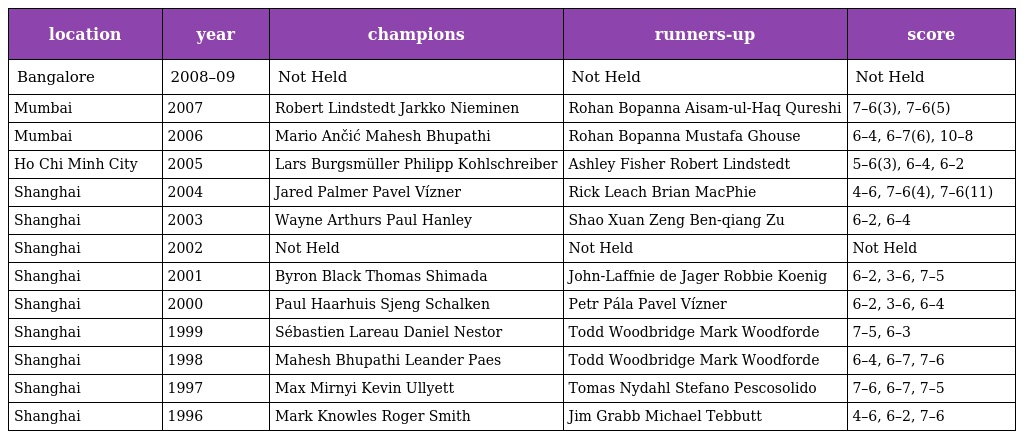
| location | year | champions | runners-up | score |
 | --- | --- | --- | --- | --- |
 | Bangalore | 2008–09 | Not Held | Not Held | Not Held |
 | Mumbai | 2007 | Robert Lindstedt Jarkko Nieminen | Rohan Bopanna Aisam-ul-Haq Qureshi | 7–6(3), 7–6(5) |
 | Mumbai | 2006 | Mario Ančić Mahesh Bhupathi | Rohan Bopanna Mustafa Ghouse | 6–4, 6–7(6), 10–8 |
 | Ho Chi Minh City | 2005 | Lars Burgsmüller Philipp Kohlschreiber | Ashley Fisher Robert Lindstedt | 5–6(3), 6–4, 6–2 |
 | Shanghai | 2004 | Jared Palmer Pavel Vízner | Rick Leach Brian MacPhie | 4–6, 7–6(4), 7–6(11) |
 | Shanghai | 2003 | Wayne Arthurs Paul Hanley | Shao Xuan Zeng Ben-qiang Zu | 6–2, 6–4 |
 | Shanghai | 2002 | Not Held | Not Held | Not Held |
 | Shanghai | 2001 | Byron Black Thomas Shimada | John-Laffnie de Jager Robbie Koenig | 6–2, 3–6, 7–5 |
 | Shanghai | 2000 | Paul Haarhuis Sjeng Schalken | Petr Pála Pavel Vízner | 6–2, 3–6, 6–4 |
 | Shanghai | 1999 | Sébastien Lareau Daniel Nestor | Todd Woodbridge Mark Woodforde | 7–5, 6–3 |
 | Shanghai | 1998 | Mahesh Bhupathi Leander Paes | Todd Woodbridge Mark Woodforde | 6–4, 6–7, 7–6 |
 | Shanghai | 1997 | Max Mirnyi Kevin Ullyett | Tomas Nydahl Stefano Pescosolido | 7–6, 6–7, 7–5 |
 | Shanghai | 1996 | Mark Knowles Roger Smith | Jim Grabb Michael Tebbutt | 4–6, 6–2, 7–6 |